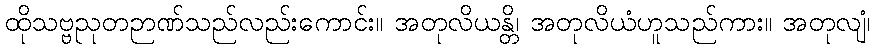
ထိုသဗ္ဗညုတဉာဏ်သည်လည်းကောင်း။ အတုလိယန္တိ၊ အတုလိယံဟူသည်ကား။ အတုလျံ၊